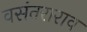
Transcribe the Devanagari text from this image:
वसंतराराव